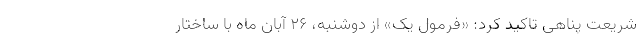
شریعت پناهی تاکید کرد: «فرمول یک» از دوشنبه، ۲۶ آبان ماه با ساختار